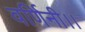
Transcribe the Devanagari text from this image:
वर्णिनी।।